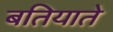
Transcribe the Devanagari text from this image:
बतियाते